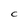
Character: C